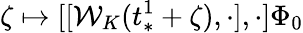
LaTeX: \zeta\mapsto[[\mathcal{W}_{K}(t_{*}^{1}+\zeta),\cdot],\cdot]\Phi_{0}